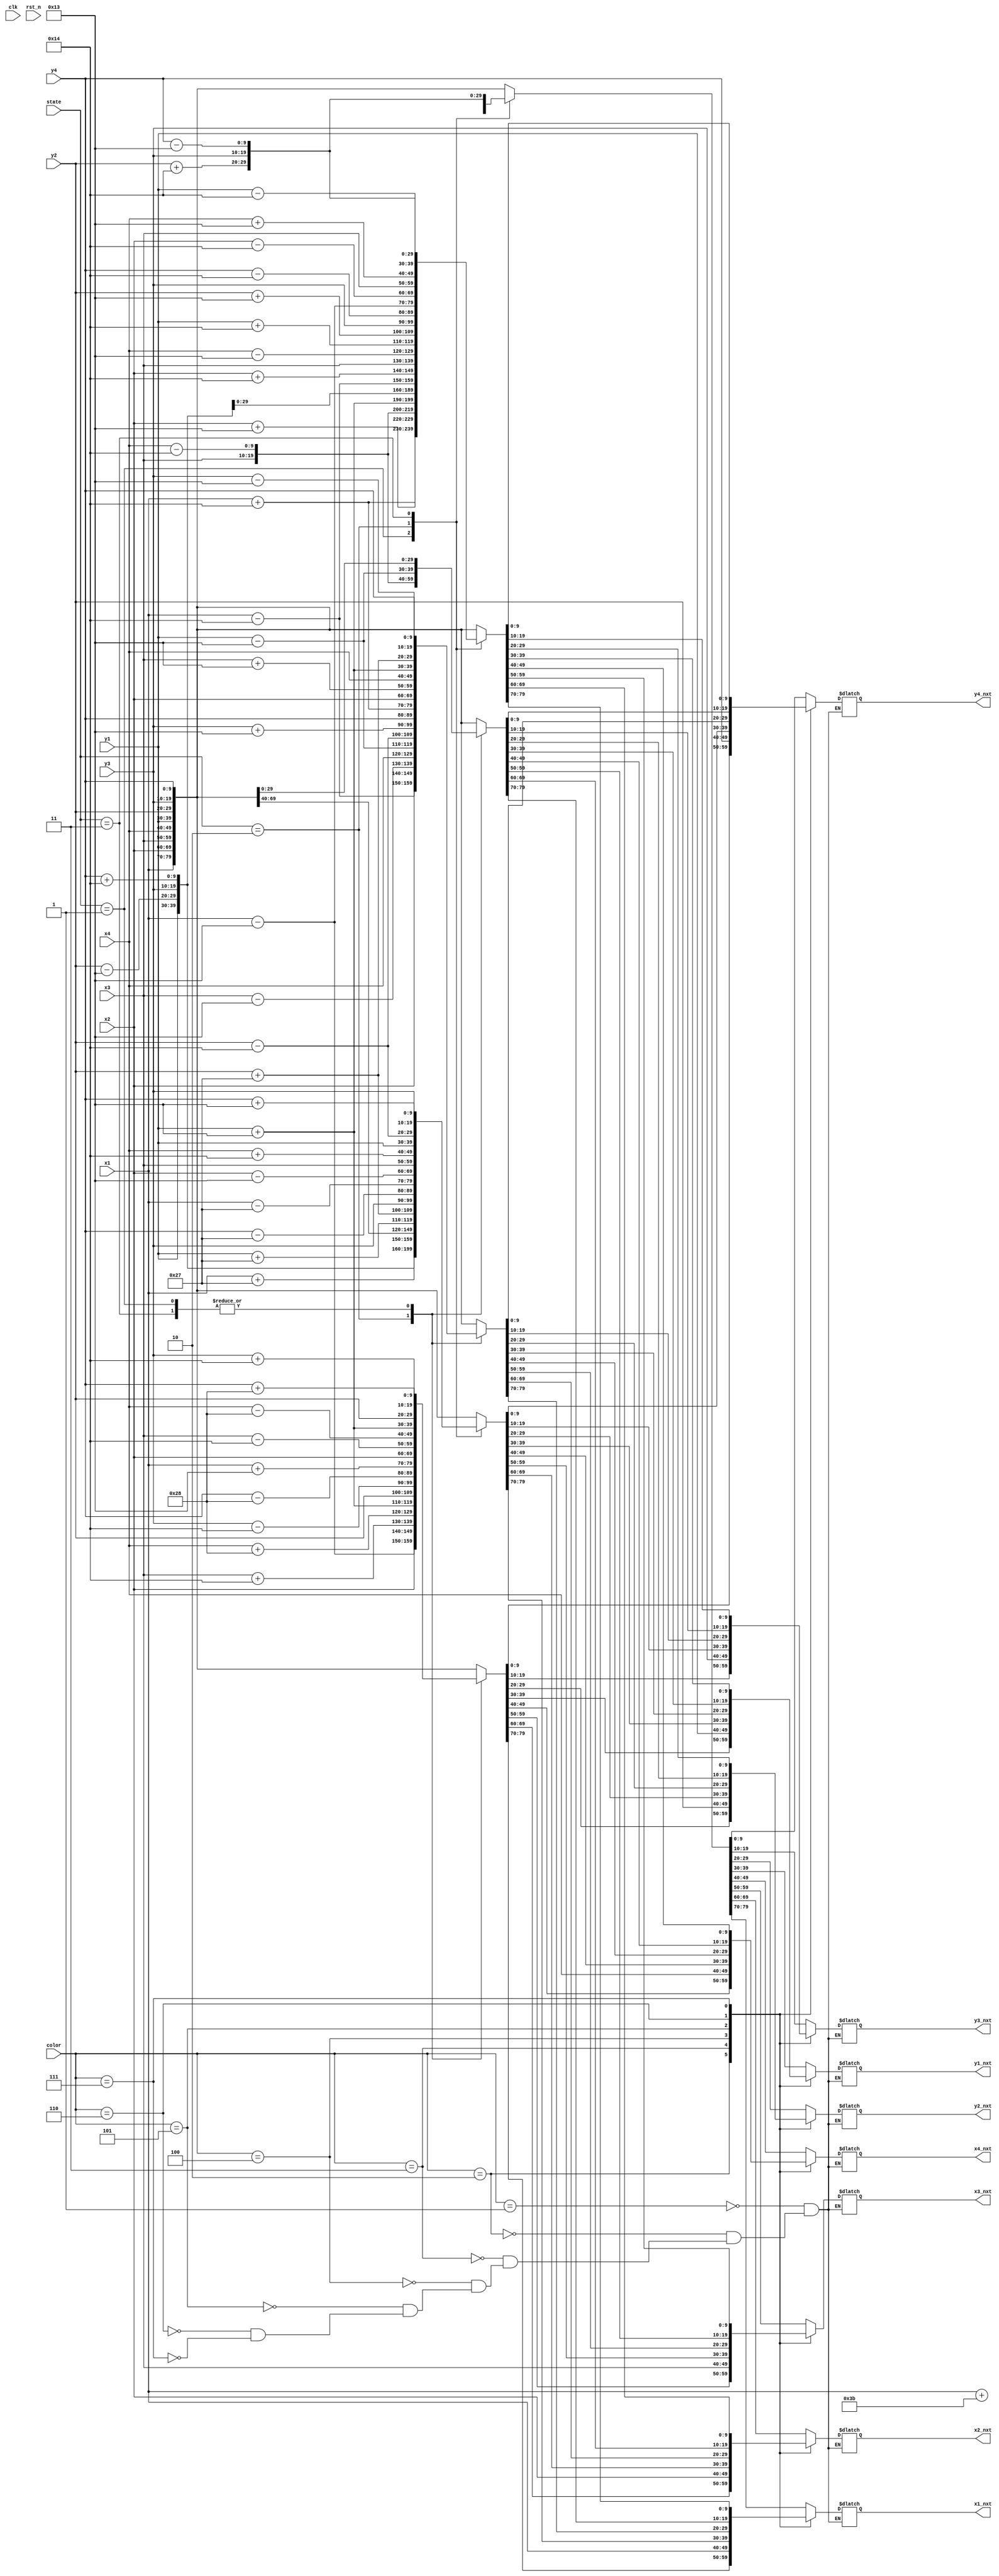
module rotate(clk, rst_n, color, state, x1, x2, x3, x4, y1, y2, y3, y4, 
		x1_nxt, x2_nxt, x3_nxt, x4_nxt, y1_nxt, y2_nxt, y3_nxt, y4_nxt);

input clk, rst_n;
input [2:0] color;
input [1:0] state;
input [9:0] x1, x2, x3, x4, y1, y2, y3, y4;
output reg [9:0] x1_nxt, x2_nxt, x3_nxt, x4_nxt, y1_nxt, y2_nxt, y3_nxt, y4_nxt;

always@*
	case(color)
		3'b001://??
			case(state)
				2'b00 : {x1_nxt, x2_nxt, x3_nxt, x4_nxt, y1_nxt, y2_nxt, y3_nxt, y4_nxt}=
					  {x1, x2, x3, x4, y1, y2, y3, y4};
				2'b01 : {x1_nxt, x2_nxt, x3_nxt, x4_nxt, y1_nxt, y2_nxt, y3_nxt, y4_nxt}=
					  {x1+10'd59, x2+10'd19, x3, x4-10'd20, y1, y2-10'd19, y3, y4+10'd20};
				2'b10 : {x1_nxt, x2_nxt, x3_nxt, x4_nxt, y1_nxt, y2_nxt, y3_nxt, y4_nxt}=
					  {x1-10'd20, x2+10'd20, x3, x4-10'd19, y1+10'd39, y2+10'd19, y3, y4-10'd20};
				2'b11 : {x1_nxt, x2_nxt, x3_nxt, x4_nxt, y1_nxt, y2_nxt, y3_nxt, y4_nxt}=
					  {x1-10'd39, x2-10'd20, x3, x4+10'd19, y1+10'd39, y2+10'd20, y3, y4-10'd19};
				default:{x1_nxt, x2_nxt, x3_nxt, x4_nxt, y1_nxt, y2_nxt, y3_nxt, y4_nxt}=
						{x1, x2, x3, x4, y1, y2, y3, y4};	  
			endcase	
		3'b010://??
			case(state)
				2'b00 : {x1_nxt, x2_nxt, x3_nxt, x4_nxt, y1_nxt, y2_nxt, y3_nxt, y4_nxt}=
					  {x1, x2, x3, x4, y1, y2, y3, y4};
				2'b01 : {x1_nxt, x2_nxt, x3_nxt, x4_nxt, y1_nxt, y2_nxt, y3_nxt, y4_nxt}=
					  {x1+10'd19, x2, x3-10'd20, x4-10'd40, y1+10'd19, y2, y3+10'd20, y4+10'd40};
				2'b10 : {x1_nxt, x2_nxt, x3_nxt, x4_nxt, y1_nxt, y2_nxt, y3_nxt, y4_nxt}=
					  {x1-10'd19, x2, x3+10'd20, x4+10'd40, y1+10'd19, y2, y3-10'd20, y4-10'd40};
				2'b11 :  {x1_nxt, x2_nxt, x3_nxt, x4_nxt, y1_nxt, y2_nxt, y3_nxt, y4_nxt}=
					  {x1+10'd19, x2, x3-10'd20, x4-10'd40, y1+10'd19, y2, y3+10'd20, y4+10'd40};
				default:{x1_nxt, x2_nxt, x3_nxt, x4_nxt, y1_nxt, y2_nxt, y3_nxt, y4_nxt}=
						{x1, x2, x3, x4, y1, y2, y3, y4};	  
			endcase
		
		3'b011://
			case(state)
				2'b00 : {x1_nxt, x2_nxt, x3_nxt, x4_nxt, y1_nxt, y2_nxt, y3_nxt, y4_nxt}=
						{x1, x2, x3, x4, y1, y2, y3, y4};
				2'b01 : {x1_nxt, x2_nxt, x3_nxt, x4_nxt, y1_nxt, y2_nxt, y3_nxt, y4_nxt}=
						{x1, x2, x3, x4, y1, y2, y3, y4};
				2'b10 : {x1_nxt, x2_nxt, x3_nxt, x4_nxt, y1_nxt, y2_nxt, y3_nxt, y4_nxt}=
						{x1, x2, x3, x4, y1, y2, y3, y4};
				2'b11 : {x1_nxt, x2_nxt, x3_nxt, x4_nxt, y1_nxt, y2_nxt, y3_nxt, y4_nxt}=
						{x1, x2, x3, x4, y1, y2, y3, y4};
				default:{x1_nxt, x2_nxt, x3_nxt, x4_nxt, y1_nxt, y2_nxt, y3_nxt, y4_nxt}=
						{x1, x2, x3, x4, y1, y2, y3, y4};	  
			endcase	
		3'b100://
			case(state)
				2'b00 : {x1_nxt, x2_nxt, x3_nxt, x4_nxt, y1_nxt, y2_nxt, y3_nxt, y4_nxt}=
						{x1, x2, x3, x4, y1, y2, y3, y4};
				2'b01 : {x1_nxt, x2_nxt, x3_nxt, x4_nxt, y1_nxt, y2_nxt, y3_nxt, y4_nxt}=
						{x1-10'd39, x2-10'd20, x3, x4+10'd19, y1, y2-10'd19, y3, y4+10'd20};
				2'b10 : {x1_nxt, x2_nxt, x3_nxt, x4_nxt, y1_nxt, y2_nxt, y3_nxt, y4_nxt}=
						{x1+10'd39, x2, x3, x4, y1+10'd39, y2+10'd39, y3, y4-10'd39};
				2'b11 : {x1_nxt, x2_nxt, x3_nxt, x4_nxt, y1_nxt, y2_nxt, y3_nxt, y4_nxt}=
						{x1-10'd39, x2-10'd19, x3, x4+10'd20, y1, y2-10'd20, y3, y4+10'd19};
				default:{x1_nxt, x2_nxt, x3_nxt, x4_nxt, y1_nxt, y2_nxt, y3_nxt, y4_nxt}=
						{x1, x2, x3, x4, y1, y2, y3, y4};	  
			endcase	
		3'b101://
			case(state)
				2'b00 : {x1_nxt, x2_nxt, x3_nxt, x4_nxt, y1_nxt, y2_nxt, y3_nxt, y4_nxt}=
						{x1, x2, x3, x4, y1, y2, y3, y4};
				2'b01 : {x1_nxt, x2_nxt, x3_nxt, x4_nxt, y1_nxt, y2_nxt, y3_nxt, y4_nxt}=
						{x1+10'd20, x2, x3+10'd19, x4, y1+10'd19, y2+10'd39, y3-10'd19, y4};
				2'b10 : {x1_nxt, x2_nxt, x3_nxt, x4_nxt, y1_nxt, y2_nxt, y3_nxt, y4_nxt}=
						{x1-10'd20, x2, x3-10'd19, x4, y1-10'd19, y2-10'd20, y3+10'd19, y4};
				2'b11 : {x1_nxt, x2_nxt, x3_nxt, x4_nxt, y1_nxt, y2_nxt, y3_nxt, y4_nxt}=
						{x1+10'd20, x2, x3+10'd19, x4, y1+10'd19, y2+10'd39, y3-10'd19, y4};
				default:{x1_nxt, x2_nxt, x3_nxt, x4_nxt, y1_nxt, y2_nxt, y3_nxt, y4_nxt}=
						{x1, x2, x3, x4, y1, y2, y3, y4};	  
			endcase	
		3'b110://
			case(state)
				2'b00 : {x1_nxt, x2_nxt, x3_nxt, x4_nxt, y1_nxt, y2_nxt, y3_nxt, y4_nxt}=
						{x1, x2, x3, x4, y1, y2, y3, y4};
				2'b01 :	{x1_nxt, x2_nxt, x3_nxt, x4_nxt, y1_nxt, y2_nxt, y3_nxt, y4_nxt}=
						{x1+10'd39, x2+10'd20, x3, x4-10'd20, y1-10'd19, y2, y3, y4};
				2'b10 : {x1_nxt, x2_nxt, x3_nxt, x4_nxt, y1_nxt, y2_nxt, y3_nxt, y4_nxt}=
					    {x1-10'd39, x2-10'd20, x3, x4+10'd20, y1+10'd19, y2, y3, y4};
				2'b11 : {x1_nxt, x2_nxt, x3_nxt, x4_nxt, y1_nxt, y2_nxt, y3_nxt, y4_nxt}=
						{x1+10'd39, x2+10'd20, x3, x4-10'd20, y1-10'd19, y2, y3, y4};
				default:{x1_nxt, x2_nxt, x3_nxt, x4_nxt, y1_nxt, y2_nxt, y3_nxt, y4_nxt}=
						{x1, x2, x3, x4, y1, y2, y3, y4};	
			endcase
		3'b111://?
			case(state)
				2'b00 : {x1_nxt, x2_nxt, x3_nxt, x4_nxt, y1_nxt, y2_nxt, y3_nxt, y4_nxt}=
						{x1, x2, x3, x4, y1, y2, y3, y4};
				2'b01 : {x1_nxt, x2_nxt, x3_nxt, x4_nxt, y1_nxt, y2_nxt, y3_nxt, y4_nxt}=
						{x1+10'd20, x2+10'd19, x3, x4-10'd20, y1+10'd19, y2-10'd19, y3, y4+10'd20};
				2'b10 : {x1_nxt, x2_nxt, x3_nxt, x4_nxt, y1_nxt, y2_nxt, y3_nxt, y4_nxt}=
						{x1-10'd20, x2+10'd20, x3, x4-10'd19, y1+10'd20, y2+10'd19, y3, y4-10'd20};
				2'b11 : {x1_nxt, x2_nxt, x3_nxt, x4_nxt, y1_nxt, y2_nxt, y3_nxt, y4_nxt}=
						{x1-10'd19, x2-10'd20, x3, x4+10'd19, y1-10'd20, y2+10'd20, y3, y4-10'd19};
				default:{x1_nxt, x2_nxt, x3_nxt, x4_nxt, y1_nxt, y2_nxt, y3_nxt, y4_nxt}=
						{x1, x2, x3, x4, y1, y2, y3, y4};	  
			endcase	
	endcase
endmodule